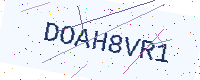
Text: DOAH8VR1